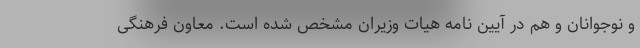
و نوجوانان و هم در آیین نامه هیات وزیران مشخص شده است. معاون فرهنگی